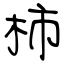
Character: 柿